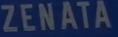
ZENATA